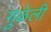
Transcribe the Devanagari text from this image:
गुळेली